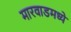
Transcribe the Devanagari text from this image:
मारवाडमध्ये